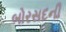
બોરસદની